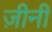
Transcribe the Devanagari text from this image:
ज़ीनी